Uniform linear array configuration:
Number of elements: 32
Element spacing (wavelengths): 0.75
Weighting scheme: uniform
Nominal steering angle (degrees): -60
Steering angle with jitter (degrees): -60.967
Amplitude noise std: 0.05
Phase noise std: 0.05

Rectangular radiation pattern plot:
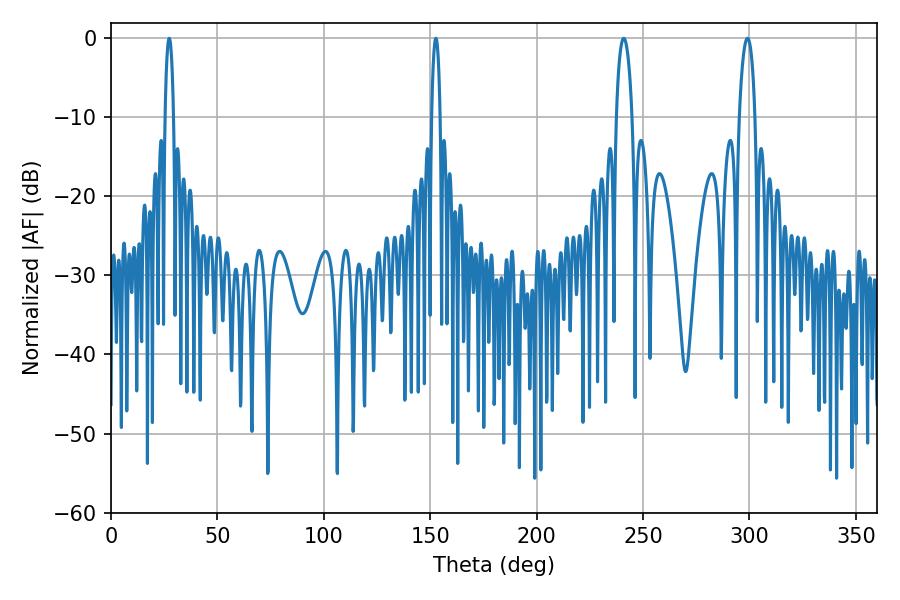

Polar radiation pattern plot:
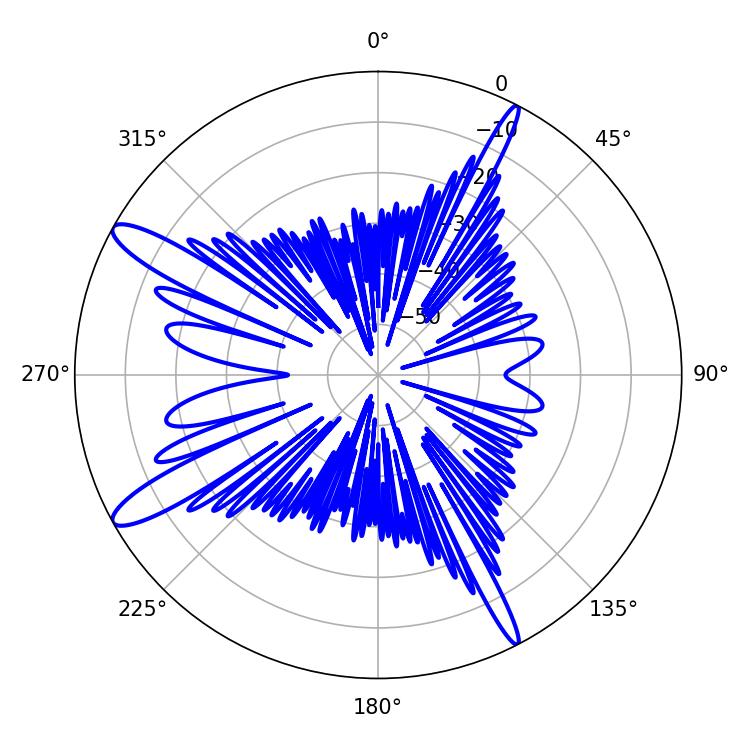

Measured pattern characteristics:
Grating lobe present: TRUE
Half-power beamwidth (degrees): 2.16
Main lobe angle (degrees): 27.36